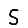
Digit: 5